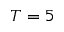
T = 5